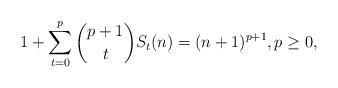
\begin{align*}1 + \sum_{t=0}^{p} \binom{p+1}{t} S_t(n) = (n+1)^{p+1}, p \geq 0,\end{align*}